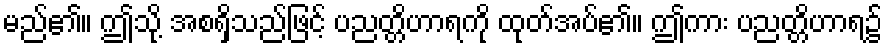
မည်၏။ ဤသို့ အစရှိသည်ဖြင့် ပညတ္တိဟာရကို ထုတ်အပ်၏။ ဤကား ပညတ္တိဟာရ၌